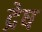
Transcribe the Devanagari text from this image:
द्रेष